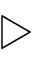
\triangleright